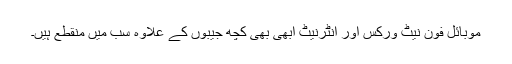
موبائل فون نیٹ ورکس اور انٹرنیٹ ابھی بھی کچھ جیبوں کے علاوہ سب میں منقطع ہیں۔